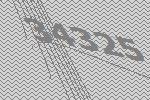
34325